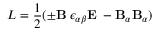
{ \cal L } = { \frac { 1 } { 2 } } { ( { \pm \bf B _ { \alpha } } { \epsilon _ { { \alpha } { \beta } } } { \bf E _ { \beta } } - { \bf B } _ { \alpha } { \bf B } _ { \alpha } ) }